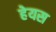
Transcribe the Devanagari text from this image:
हेयस